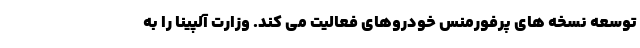
توسعه نسخه های پرفورمنس خودروهای فعالیت می کند. وزارت آلپینا را به